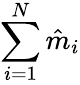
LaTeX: \sum_{i=1}^{N}\hat{m}_{i}